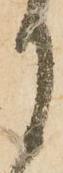
月